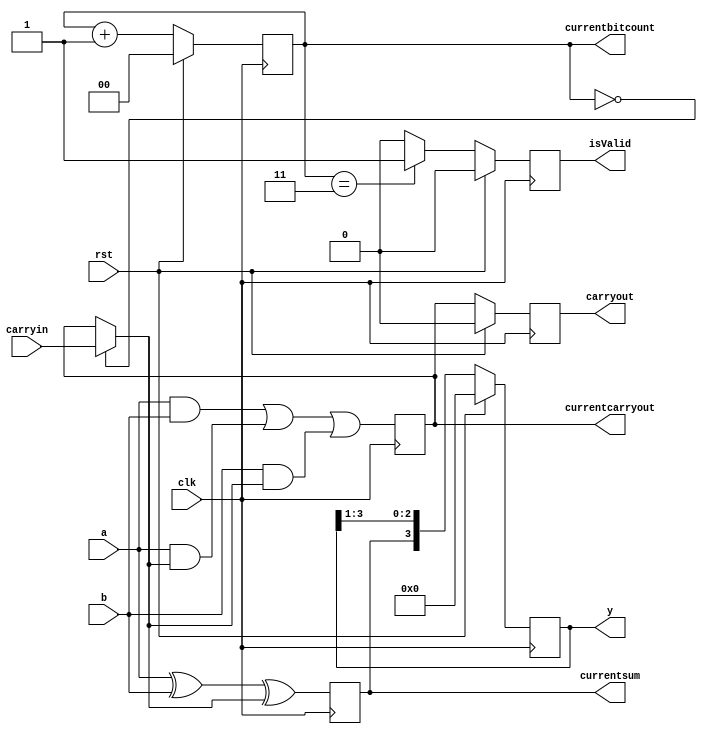
module jserialadder(y,carryout,isValid,currentsum,currentcarryout,currentbitcount,clk,rst,a,b,carryin);
  output reg [3:0]y;
  output reg carryout;
  output reg isValid; // This is a new functionality to indicate that the 4 bits were considered to produce the output
  output reg currentsum, currentcarryout;
  output reg [1:0]currentbitcount;// three bits enough to count till 4-bits for 4-bit serial adder
  input clk,rst;
  input a,b,carryin;

  wire intermediatecarry;
  
  // intermediatecarry should point to the carryin only for the 1st bit afterward it is previous bit's carryout
  assign intermediatecarry = ( currentbitcount == 3'd0) ? carryin : currentcarryout;
  
  // I have made even the Full adder to work on the posedge of the clock
  // continuous assignment did not seem to work
  always@(posedge clk)
  begin
    currentsum <= a ^ b ^ intermediatecarry;
    currentcarryout <= ( a & b ) | ( a & intermediatecarry ) | ( b & intermediatecarry );
  end

  //assign currentsum = a ^ b ^ intermediatecarry;
  //assign currentcarryout = ( a & b ) | ( a & intermediatecarry ) | ( b & intermediatecarry );
  //assign carryout = ( currentbitcount == 3'd4 ) ? intermediatecarry : 0;

  always@(posedge clk)
  begin
    if(rst)
      begin
        y <= 0;// other ways of assigning {0,0,0,0};//4'd0;
        carryout <= 0;
      end
    else
      begin
        y <= {currentsum, y[3:1]};
        carryout <= currentcarryout;//( currentbitcount == 3'd4 ) ? intermediatecarry : 0;
      end
    end

  // Below block will keep track of the number of bits that have been added
  // This is currently written for a 4 bit serial adder
  always@(posedge clk)
  begin
    if(rst)
        currentbitcount <= 0;
    else
        currentbitcount <= currentbitcount + 1; // already the 4 bit addition is completed
  end

  // isValid will provide the indication as to whether the addition is completed  
  // This is currently written for a 4 bit serial adder
  always@(posedge clk)
  begin
    if(rst)
        isValid <= 0;
    else
        isValid <= (currentbitcount == 3) ? 1 : 0; // at positive edge assume the 4 bit addition is completed without delay
  end
  
endmodule